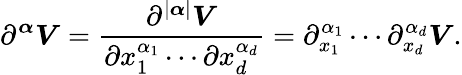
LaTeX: \partial^{\boldsymbol{{\boldsymbol\alpha}}}\boldsymbol{V}=\frac{\partial^{|\boldsymbol{{\boldsymbol\alpha}}|}\boldsymbol{V}}{\partial x_{1}^{\alpha_{1}}\cdots\partial x_{d}^{\alpha_{d}}}=\partial_{x_{1}}^{\alpha_{1}}\cdots\partial_{x_{d}}^{\alpha_{d}}\boldsymbol{V}.